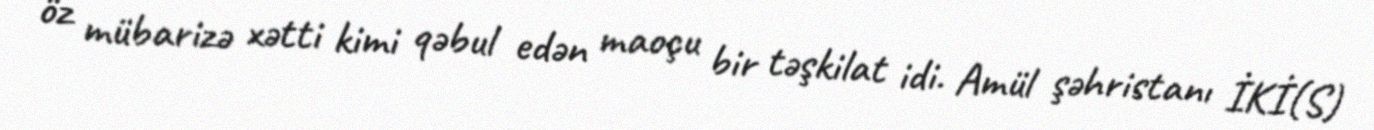
öz mübarizə xətti kimi qəbul edən maoçu bir təşkilat idi. Amül şəhristanı İKİ(S)